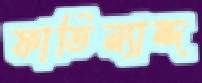
ফার্ডিন্যান্দ